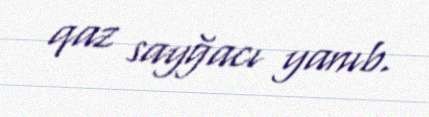
qaz sayğacı yanıb.